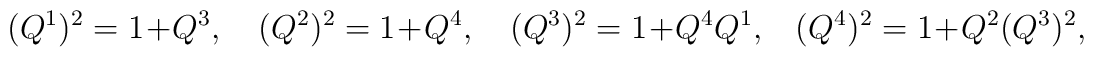
(Q^{1})^{2}=1+Q^{3},\quad (Q^{2})^{2}=1+Q^{4},\quad(Q^{3})^{2}=1+Q^{4}Q^{1},\,\,\,\,\,(Q^{4})^{2}=1+Q^{2}(Q^{3})^{2},